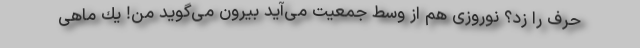
حرف را زد؟ نوروزی هم از وسط جمعیت می‌آید بیرون می‌گوید من! یك‌ ماهی